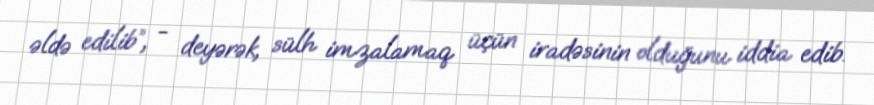
əldə edilib”, - deyərək, sülh imzalamaq üçün iradəsinin olduğunu iddia edib.